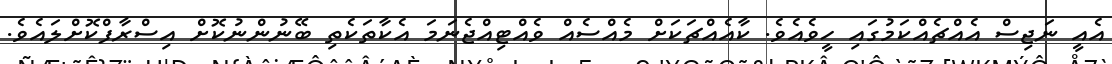
އެއީ ނަޖިސް އެއްޗެއްކަމުގައި ހީވެއެވެ. ކާއެއްޗަކަށް މެއްސެއް ވެއްޓިއްޖެނަމަ އެކާތަކެތި ބޭނުންނުކޮށް އިސްރާފްކޮށްލައެވެ.